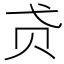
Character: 𰷞